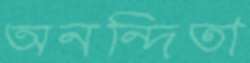
অনন্দিতা